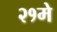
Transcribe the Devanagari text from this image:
२१मे